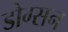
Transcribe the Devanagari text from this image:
डोग्सन